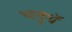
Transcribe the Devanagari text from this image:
चतुथॅ